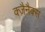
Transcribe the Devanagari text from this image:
क्ज़ैनैक्स